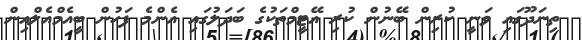
ތިނަދޫގައި ވަނީ ކުރިން ބޭނުން ކުރި އޭޓީމްތަކުގެ ބަދަލުގައި އެންމެ ފަހުން ބީއެމްއެލްއިން